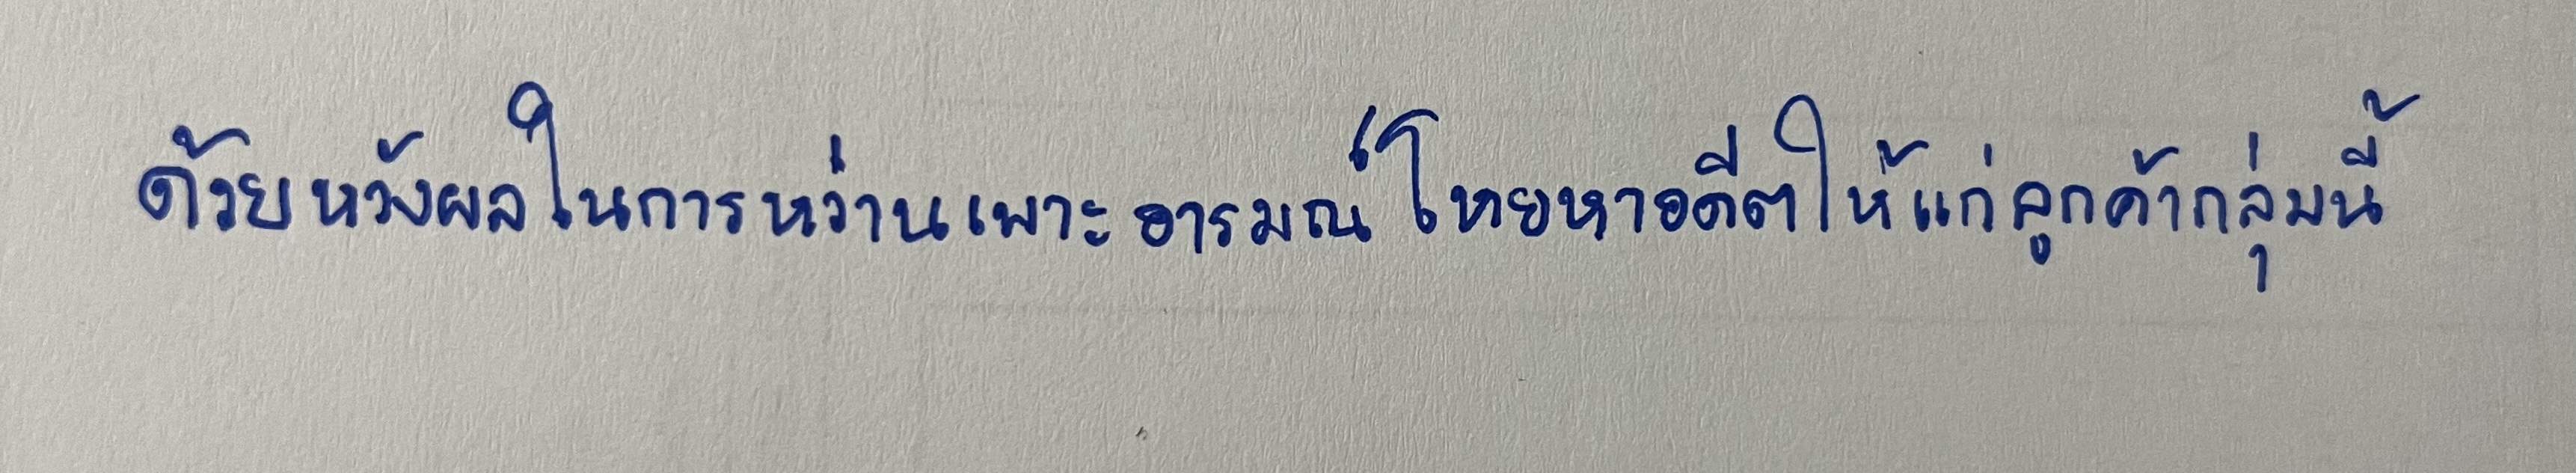
ด้วยหวังผลในการหว่านเพาะอารมณ์โหยหาอดีตให้แก่ลูกค้ากลุ่มนี้